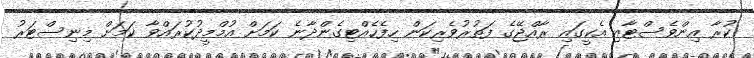
ކުރާ އިންވެސްޓާއި އެކީގައި ރާއްޖޭގެ ފަތުރުވެރިކަން ހިފެހެއްޓިގެންދާނެ ކަމަށް އުމްމީދުކުރައްވާ ކަމަށް މިނިސްޓަރު